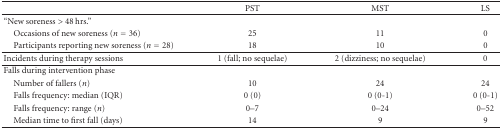
|  | PST | MST | LS |
 | --- | --- | --- | --- |
 | “New soreness > 48 hrs.” |  |  |  |
 | Occasions of new soreness (n = 36) | 25 | 11 | 0 |
 | Participants reporting new soreness (n = 28) | 18 | 10 | 0 |
 | Incidents during therapy sessions | 1 (fall; no sequelae) | 2 (dizziness; no sequelae) | 0 |
 | Falls during intervention phase |  |  |  |
 | Number of fallers (n) | 10 | 24 | 24 |
 | Falls frequency: median (IQR) | 0 (0) | 0 (0-1) | 0 (0-1) |
 | Falls frequency: range (n) | 0–7 | 0–24 | 0–52 |
 | Median time to first fall (days) | 14 | 9 | 9 |